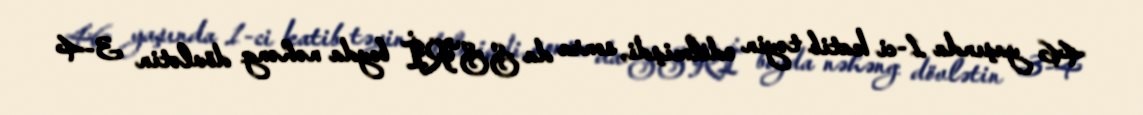
46 yaşında 1-ci katib təyin edilmişdi, sonra da SSRİ boyda nəhəng dövlətin 3-4